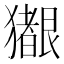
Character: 𪻊